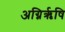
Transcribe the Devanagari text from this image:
अग्निरृषि